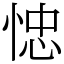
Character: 㥙